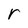
Character: r